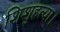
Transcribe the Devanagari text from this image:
शिशुहत्या।